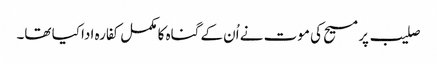
صلیب پر مسیح کی موت نے اُن کے گناہ کا مکمل کفارہ ادا کیا تھا۔